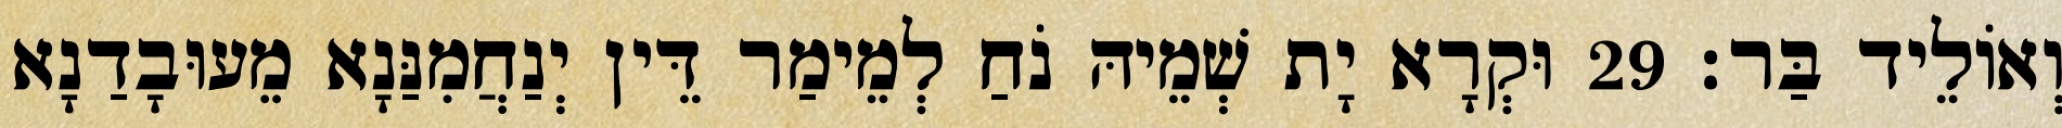
וְאוֹלֵיד בַּר׃ 29 וּקְרָא יָת שְׁמֵיהּ נֹחַ לְמֵימַר דֵּין יְנַחֲמִנַּנָא מֵעוּבָדַנָא